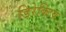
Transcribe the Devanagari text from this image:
डिरेक्टिव